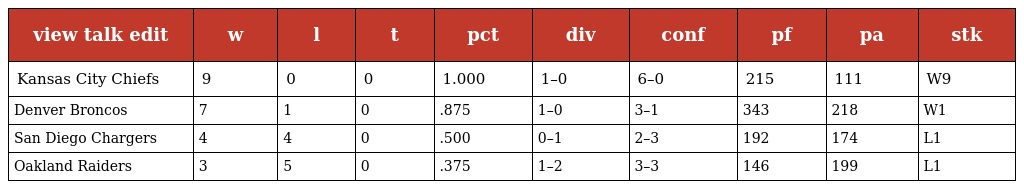
| view talk edit | w | l | t | pct | div | conf | pf | pa | stk |
 | --- | --- | --- | --- | --- | --- | --- | --- | --- | --- |
 | Kansas City Chiefs | 9 | 0 | 0 | 1.000 | 1–0 | 6–0 | 215 | 111 | W9 |
 | Denver Broncos | 7 | 1 | 0 | .875 | 1–0 | 3–1 | 343 | 218 | W1 |
 | San Diego Chargers | 4 | 4 | 0 | .500 | 0–1 | 2–3 | 192 | 174 | L1 |
 | Oakland Raiders | 3 | 5 | 0 | .375 | 1–2 | 3–3 | 146 | 199 | L1 |